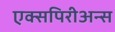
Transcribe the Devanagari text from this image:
एक्सपिरीअन्स